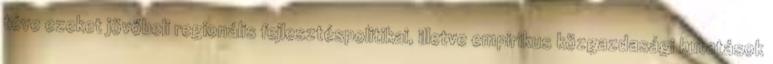
téve ezeket jövőbeli regionális fejlesztéspolitikai, illetve empirikus közgazdasági kutatások